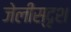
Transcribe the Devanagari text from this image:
जेलीस्दृश